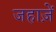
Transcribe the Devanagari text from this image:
जहाज़ें